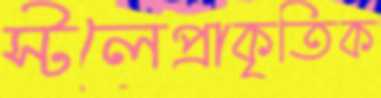
স্টলেপ্রাকৃতিক